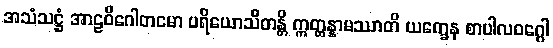
အသံသဋ္ဌံ အာဠဝိဂေါတမော ပရိယောသိတန္တိ ဣတ္ထန္နာမဿာတိ ယက္ခေန စာပါလဝဂ္ဂေါ